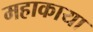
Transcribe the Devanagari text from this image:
महाकाया